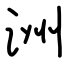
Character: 洲